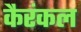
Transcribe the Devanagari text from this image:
कैरंकल